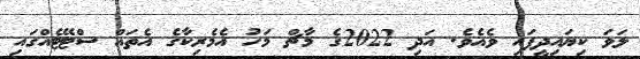
ލަވަ ކިޔައިދީފައި ވެއެވެ. އަދި 2022ގެ މާޗް މަހު އެމެރިކާގެ އެތައް ސްޓޭޓެއްގައި